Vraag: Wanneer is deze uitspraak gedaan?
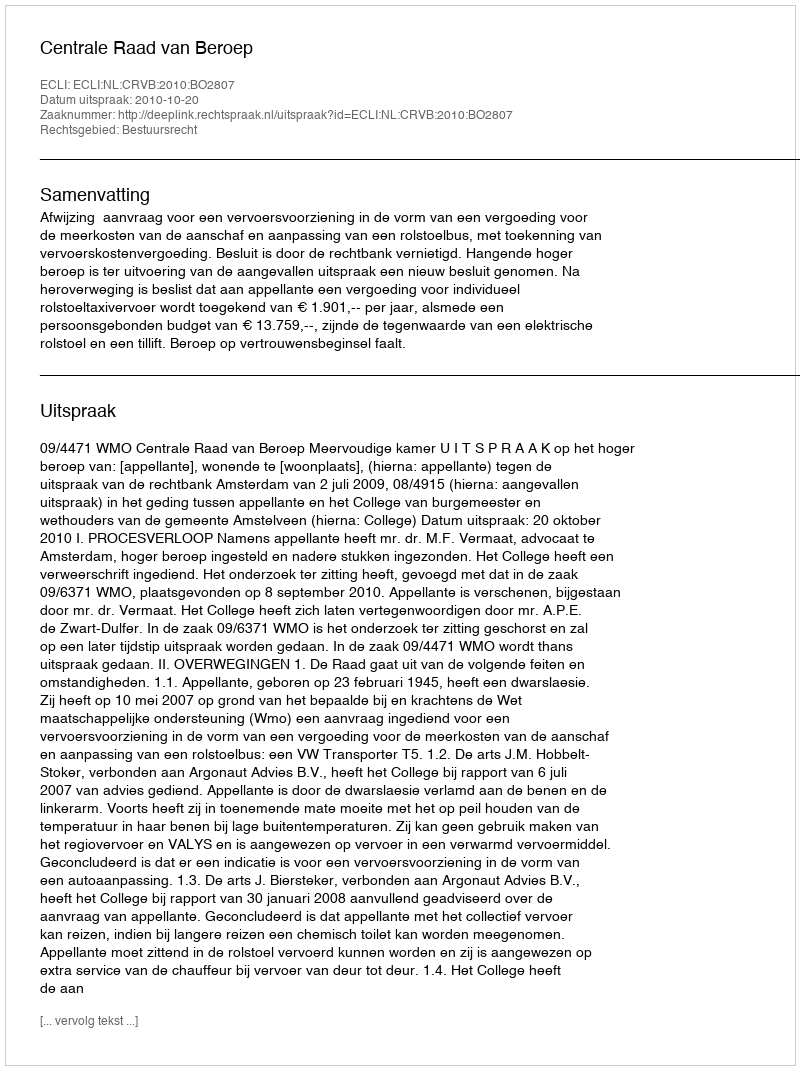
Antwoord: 2010-10-20